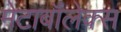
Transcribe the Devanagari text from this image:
मेटाबॉलेक्स